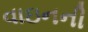
વાઇનની